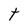
Character: e